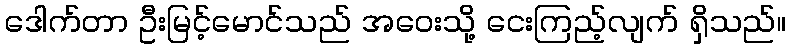
ဒေါက်တာ ဦးမြင့်မောင်သည် အဝေးသို့ ငေးကြည့်လျက် ရှိသည်။